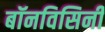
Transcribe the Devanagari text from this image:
बॉनविसिनी